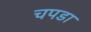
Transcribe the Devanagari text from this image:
चपडा